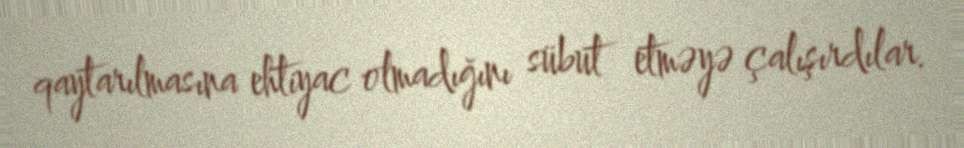
qaytarılmasına ehtiyac olmadığını sübut etməyə çalışırdılar.